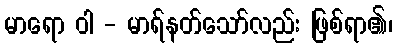
မာရော ဝါ - မာရ်နတ်သော်လည်း ဖြစ်ရာ၏၊